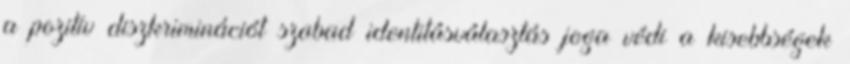
a pozitív diszkriminációt szabad identitásválasztás joga védi a kisebbségek